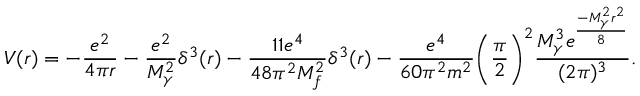
V ( r ) = - \frac { e ^ { 2 } } { 4 \pi r } - \frac { e ^ { 2 } } { M _ { \gamma } ^ { 2 } } \delta ^ { 3 } ( r ) - \frac { 1 1 e ^ { 4 } } { 4 8 \pi ^ { 2 } M _ { f } ^ { 2 } } \delta ^ { 3 } ( r ) - \frac { e ^ { 4 } } { 6 0 \pi ^ { 2 } m ^ { 2 } } \biggl ( \frac { \pi } { 2 } \biggr ) ^ { 2 } \frac { M _ { \gamma } ^ { 3 } e ^ { \frac { - M _ { \gamma } ^ { 2 } r ^ { 2 } } { 8 } } } { ( 2 \pi ) ^ { 3 } } .